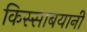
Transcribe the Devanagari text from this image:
किस्साबयानी